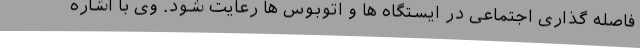
فاصله گذاری اجتماعی در ایستگاه ها و اتوبوس ها رعایت شود. وی با اشاره